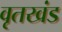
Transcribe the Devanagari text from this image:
वृतखंड